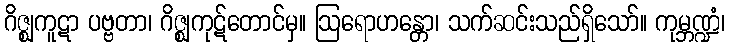
ဂိဇ္ဈကူဋာ ပဗ္ဗတာ၊ ဂိဇ္ဈကုဋ်တောင်မှ။ ဩရောဟန္တော၊ သက်ဆင်းသည်ရှိသော်။ ကုမ္ဘဏ္ဍံ၊